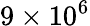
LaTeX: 9\times 10^{6}